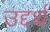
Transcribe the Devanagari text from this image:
उद्दर्थ